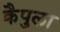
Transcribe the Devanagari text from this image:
क्रैपुला